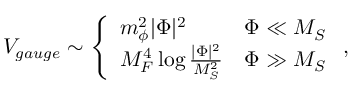
V _ { g a u g e } \sim \left\{ \begin{array} { l l } { { m _ { \phi } ^ { 2 } | \Phi | ^ { 2 } } } & { { \Phi \ll M _ { S } } } \\ { { M _ { F } ^ { 4 } \log \frac { | \Phi | ^ { 2 } } { M _ { S } ^ { 2 } } } } & { { \Phi \gg M _ { S } } } \end{array} \right. ,